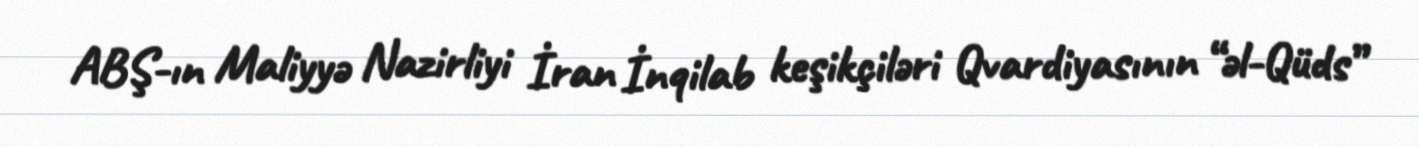
ABŞ-ın Maliyyə Nazirliyi İran İnqilab keşikçiləri Qvardiyasının “əl-Qüds”